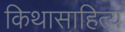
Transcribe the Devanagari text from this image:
किथासाहित्य